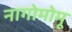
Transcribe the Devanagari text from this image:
नागोमोमू